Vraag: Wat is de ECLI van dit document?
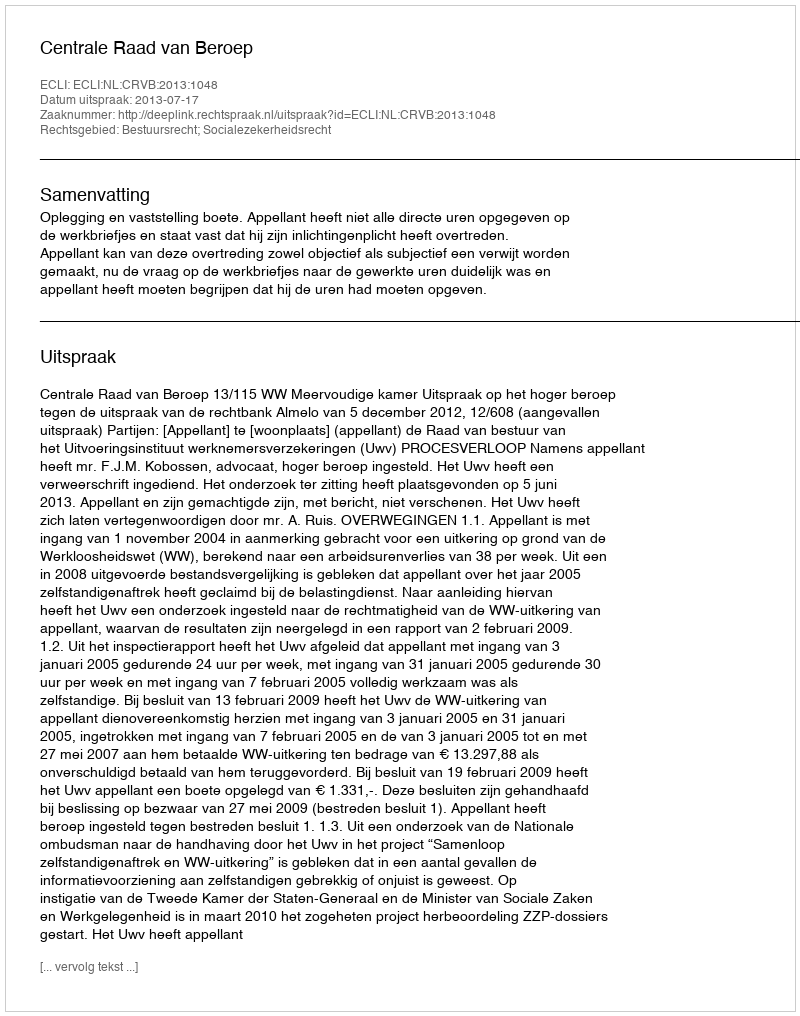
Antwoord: ECLI:NL:CRVB:2013:1048